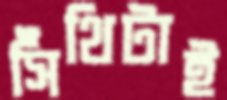
সিঁথিটাই